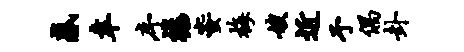
惑幸序禄蜜梅嫂近予偶卦